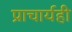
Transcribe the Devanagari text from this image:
प्राचार्यही